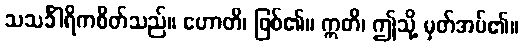
သသင်္ခါရိကစိတ်သည်။ ဟောတိ၊ ဖြစ်၏။ ဣတိ၊ ဤသို့ မှတ်အပ်၏။